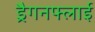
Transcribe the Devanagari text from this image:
ड्रैगनफ्लाई